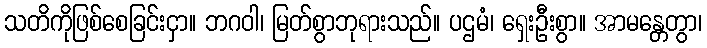
သတိကိုဖြစ်စေခြင်းငှာ။ ဘဂဝါ၊ မြတ်စွာဘုရားသည်။ ပဌမံ၊ ရှေးဦးစွာ။ အာမန္တေတွာ၊